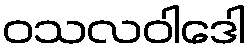
ဝသလဝါဒေါ